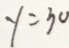
y = 3 0